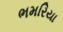
ભમરિયા